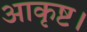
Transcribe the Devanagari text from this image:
आकृष्ट।